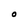
Character: O